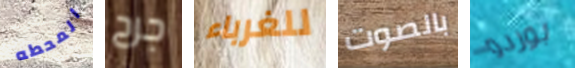
المحطه جرح للغرباء بالصوت بوردو